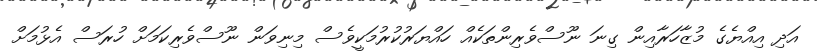
އަދި އިއްޔެގެ މުޒާހަރާއިން ގިނަ ނޫސްވެރިންތަކެއް ހައްޔަރުކުރުމަކީވެސް މިނިވަން ނޫސްވެރިކަމަށް ހުރަސް އެޅުމަށް